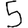
Digit: 5